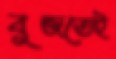
বুজতেই